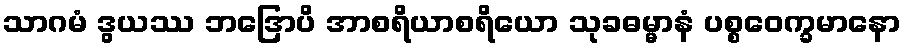
သာဂမံ ဒွယဿ ဘဒြောပိ အာစရိယာစရိယော သုခဓမ္မာနံ ပစ္စဝေက္ခမာနော